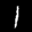
Label: 1